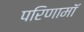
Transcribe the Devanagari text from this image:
परिणामॉ